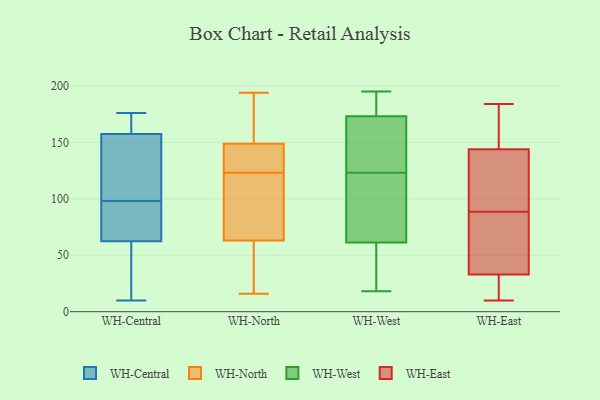
{"axis": {"x": "Inventory Turnover", "y": "Value"}, "legend": ["WH-Central", "WH-East", "WH-North", "WH-West"], "data": [{"x": "", "y": 92, "type": "WH-Central"}, {"x": "", "y": 99, "type": "WH-Central"}, {"x": "", "y": 97, "type": "WH-Central"}, {"x": "", "y": 103, "type": "WH-Central"}, {"x": "", "y": 156, "type": "WH-Central"}, {"x": "", "y": 63, "type": "WH-Central"}, {"x": "", "y": 39, "type": "WH-Central"}, {"x": "", "y": 164, "type": "WH-Central"}, {"x": "", "y": 84, "type": "WH-Central"}, {"x": "", "y": 176, "type": "WH-Central"}, {"x": "", "y": 40, "type": "WH-Central"}, {"x": "", "y": 62, "type": "WH-Central"}, {"x": "", "y": 10, "type": "WH-Central"}, {"x": "", "y": 159, "type": "WH-Central"}, {"x": "", "y": 158, "type": "WH-Central"}, {"x": "", "y": 157, "type": "WH-Central"}, {"x": "", "y": 123, "type": "WH-North"}, {"x": "", "y": 57, "type": "WH-North"}, {"x": "", "y": 148, "type": "WH-North"}, {"x": "", "y": 192, "type": "WH-North"}, {"x": "", "y": 16, "type": "WH-North"}, {"x": "", "y": 146, "type": "WH-North"}, {"x": "", "y": 44, "type": "WH-North"}, {"x": "", "y": 93, "type": "WH-North"}, {"x": "", "y": 194, "type": "WH-North"}, {"x": "", "y": 151, "type": "WH-North"}, {"x": "", "y": 65, "type": "WH-North"}, {"x": "", "y": 145, "type": "WH-North"}, {"x": "", "y": 83, "type": "WH-North"}, {"x": "", "y": 165, "type": "WH-West"}, {"x": "", "y": 18, "type": "WH-West"}, {"x": "", "y": 48, "type": "WH-West"}, {"x": "", "y": 158, "type": "WH-West"}, {"x": "", "y": 195, "type": "WH-West"}, {"x": "", "y": 103, "type": "WH-West"}, {"x": "", "y": 77, "type": "WH-West"}, {"x": "", "y": 110, "type": "WH-West"}, {"x": "", "y": 176, "type": "WH-West"}, {"x": "", "y": 123, "type": "WH-West"}, {"x": "", "y": 184, "type": "WH-West"}, {"x": "", "y": 56, "type": "WH-West"}, {"x": "", "y": 23, "type": "WH-West"}, {"x": "", "y": 125, "type": "WH-West"}, {"x": "", "y": 189, "type": "WH-West"}, {"x": "", "y": 184, "type": "WH-East"}, {"x": "", "y": 12, "type": "WH-East"}, {"x": "", "y": 130, "type": "WH-East"}, {"x": "", "y": 69, "type": "WH-East"}, {"x": "", "y": 10, "type": "WH-East"}, {"x": "", "y": 137, "type": "WH-East"}, {"x": "", "y": 26, "type": "WH-East"}, {"x": "", "y": 11, "type": "WH-East"}, {"x": "", "y": 170, "type": "WH-East"}, {"x": "", "y": 33, "type": "WH-East"}, {"x": "", "y": 126, "type": "WH-East"}, {"x": "", "y": 123, "type": "WH-East"}, {"x": "", "y": 183, "type": "WH-East"}, {"x": "", "y": 102, "type": "WH-East"}, {"x": "", "y": 151, "type": "WH-East"}, {"x": "", "y": 67, "type": "WH-East"}, {"x": "", "y": 75, "type": "WH-East"}, {"x": "", "y": 172, "type": "WH-East"}, {"x": "", "y": 73, "type": "WH-East"}, {"x": "", "y": 33, "type": "WH-East"}]}